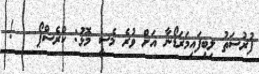
ފުރުސަތު ލިބިފައިމަރަޑޯނާ އަށް ވުރެ މެސީ މޮޅު: ކްރެސްޕޯ   !